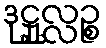
ဒုဋ္ဌုလ္လဉ္စ